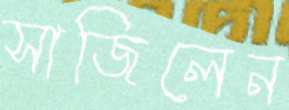
সাজিলেন